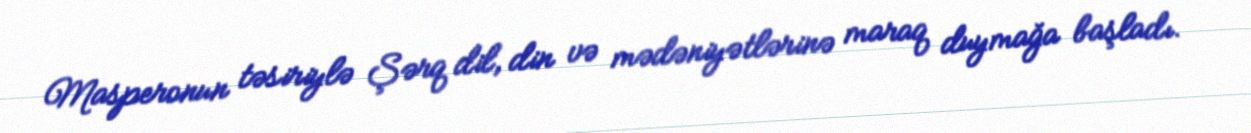
Masperonun təsiriylə Şərq dil, din və mədəniyətlərinə maraq duymağa başladı.